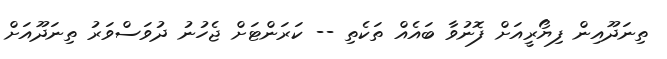
ތިނަދޫއިން ފިޔޯރީއަށް ފޮނުވާ ބައެއް ތަކެތި -- ކަރަންޓަށް ޖެހުނު ދުވަސްވަރު ތިނަދޫއަށް